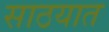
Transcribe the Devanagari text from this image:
साठयात